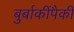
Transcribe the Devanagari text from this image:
बुर्बाकींपैकी